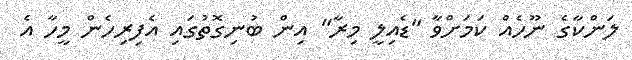
ލަންކާގެ ނޫހެއް ކަމަށްވާ "ޑެއިލީ މިރާ" އިން ބުނިގޮތުގައި އެފިރިހެން މީހާ އެ